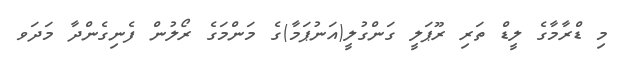
މި ޑްރާމާގެ ލީޑް ތަރި ރޫޕަލީ ގަންގުލީ(އަނުޕަމާ)ގެ މަންމަގެ ރޯލުން ފެނިގެންދާ މަދަވ